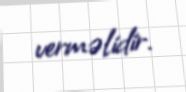
verməlidir.